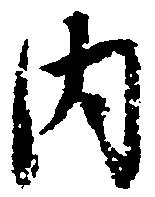
内